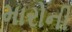
મારોની